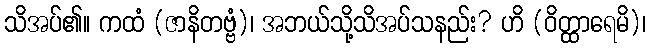
သိအပ်၏။ ကထံ (ဇာနိတဗ္ဗံ)၊ အဘယ်သို့သိအပ်သနည်း? ဟိ (ဝိတ္ထာရေမိ)၊